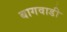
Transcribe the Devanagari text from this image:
बागवाडी